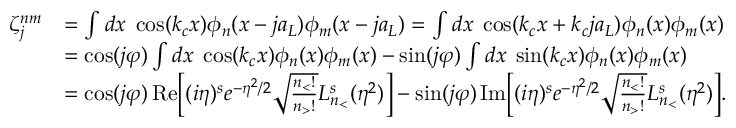
\begin{array} { r l } { \zeta _ { j } ^ { n m } } & { = \int d x \; \cos ( k _ { c } x ) \phi _ { n } ( x - j a _ { L } ) \phi _ { m } ( x - j a _ { L } ) = \int d x \; \cos ( k _ { c } x + k _ { c } j a _ { L } ) \phi _ { n } ( x ) \phi _ { m } ( x ) } \\ & { = \cos ( j \varphi ) \int d x \; \cos ( k _ { c } x ) \phi _ { n } ( x ) \phi _ { m } ( x ) - \sin ( j \varphi ) \int d x \; \sin ( k _ { c } x ) \phi _ { n } ( x ) \phi _ { m } ( x ) } \\ & { = \cos ( j \varphi ) \, \mathrm { R e } \bigg [ ( i \eta ) ^ { s } e ^ { - \eta ^ { 2 } / 2 } \sqrt { \frac { n _ { < } ! } { n _ { > } ! } } L _ { n _ { < } } ^ { s } ( \eta ^ { 2 } ) \bigg ] - \sin ( j \varphi ) \, \mathrm { I m } \bigg [ ( i \eta ) ^ { s } e ^ { - \eta ^ { 2 } / 2 } \sqrt { \frac { n _ { < } ! } { n _ { > } ! } } L _ { n _ { < } } ^ { s } ( \eta ^ { 2 } ) \bigg ] . } \end{array}